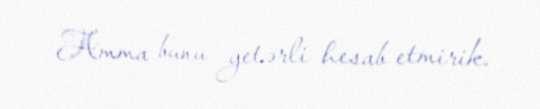
Amma bunu yetərli hesab etmirik.